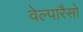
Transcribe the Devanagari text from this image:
वेल्पारैसो